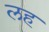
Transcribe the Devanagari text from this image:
लह